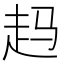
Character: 𲃉